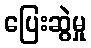
ပြေးဆွဲမှု